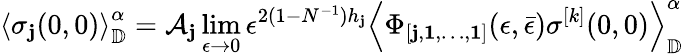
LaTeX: \left\langle\sigma_{\mathbf{j}}(0,0)\right\rangle_{\mathbb{{D}}}^{\alpha}=\mathcal{{A}}_{\mathbf{j}}\operatorname*{lim}_{\epsilon\rightarrow0}\epsilon^{2(1-N^{-1})h_{\mathbf{j}}}\left\langle\Phi_{[\mathbf{j},\mathbf{{1}},\dots,\mathbf{{1}}]}(\epsilon,\bar{{\epsilon}})\sigma^{[k]}(0,0)\right\rangle_{\mathbb{{D}}}^{\alpha}